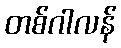
တစ်ဂါလန်